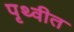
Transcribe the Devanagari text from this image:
पृथ्वीत